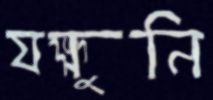
যক্ষুনি